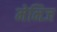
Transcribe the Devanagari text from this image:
मेनिज